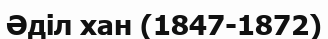
Әділ хан (1847-1872)